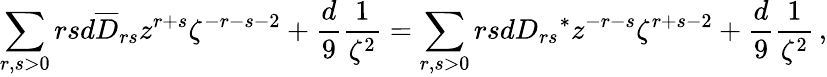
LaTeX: \sum_{r,s>0}rsd\overline{{D}}_{rs}z^{r+s}\zeta^{-r-s-2}+{\frac{d}{9}}{\frac{1}{\zeta^{2}}}=\sum_{r,s>0}rsd{D_{rs}}^{\ast}z^{-r-s}\zeta^{r+s-2}+{\frac{d}{9}}{\frac{1}{\zeta^{2}}}\, ,